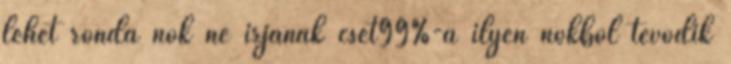
lehet ronda nők ne irjanak cset99%-a ilyen nőkből tevődik